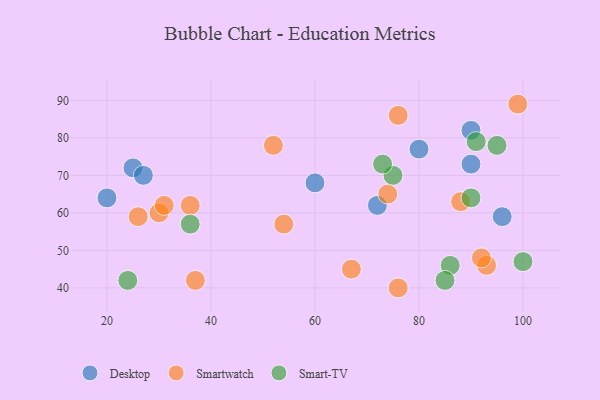
{"axis": {"x": "GDP", "y": "Life Expectancy"}, "legend": ["Desktop", "Smart-TV", "Smartwatch"], "data": [{"x": "25", "y": 72, "type": "Desktop"}, {"x": "90", "y": 73, "type": "Desktop"}, {"x": "20", "y": 64, "type": "Desktop"}, {"x": "90", "y": 82, "type": "Desktop"}, {"x": "60", "y": 68, "type": "Desktop"}, {"x": "96", "y": 59, "type": "Desktop"}, {"x": "72", "y": 62, "type": "Desktop"}, {"x": "80", "y": 77, "type": "Desktop"}, {"x": "27", "y": 70, "type": "Desktop"}, {"x": "76", "y": 86, "type": "Smartwatch"}, {"x": "30", "y": 60, "type": "Smartwatch"}, {"x": "93", "y": 46, "type": "Smartwatch"}, {"x": "67", "y": 45, "type": "Smartwatch"}, {"x": "99", "y": 89, "type": "Smartwatch"}, {"x": "88", "y": 63, "type": "Smartwatch"}, {"x": "26", "y": 59, "type": "Smartwatch"}, {"x": "31", "y": 62, "type": "Smartwatch"}, {"x": "54", "y": 57, "type": "Smartwatch"}, {"x": "52", "y": 78, "type": "Smartwatch"}, {"x": "37", "y": 42, "type": "Smartwatch"}, {"x": "76", "y": 40, "type": "Smartwatch"}, {"x": "36", "y": 62, "type": "Smartwatch"}, {"x": "92", "y": 48, "type": "Smartwatch"}, {"x": "74", "y": 65, "type": "Smartwatch"}, {"x": "91", "y": 79, "type": "Smart-TV"}, {"x": "75", "y": 70, "type": "Smart-TV"}, {"x": "90", "y": 64, "type": "Smart-TV"}, {"x": "73", "y": 73, "type": "Smart-TV"}, {"x": "86", "y": 46, "type": "Smart-TV"}, {"x": "24", "y": 42, "type": "Smart-TV"}, {"x": "100", "y": 47, "type": "Smart-TV"}, {"x": "36", "y": 57, "type": "Smart-TV"}, {"x": "95", "y": 78, "type": "Smart-TV"}, {"x": "85", "y": 42, "type": "Smart-TV"}]}